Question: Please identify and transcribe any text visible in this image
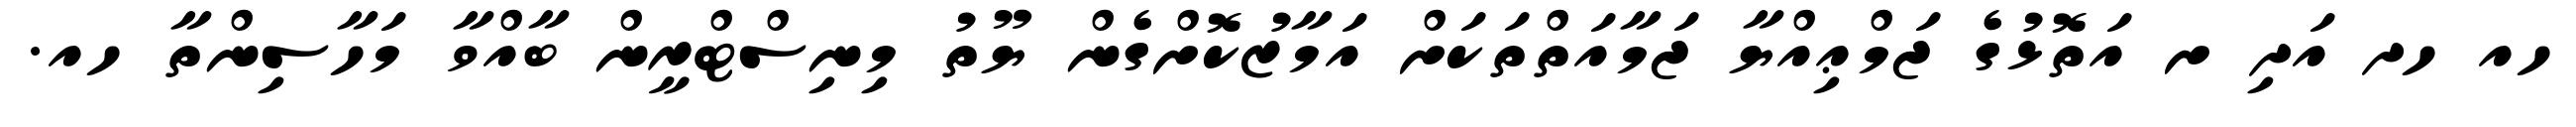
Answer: ހއ ހދ އަދި ށ އަތޮޅުގެ ޖަމްޢިއްޔާ ޖަމާއަތްތަކަށް އަމާޒުކޮށްގެން ޔޫތު މިނިސްޓްރީން ބާއްވާ މަހާސިންތާ ހއ.